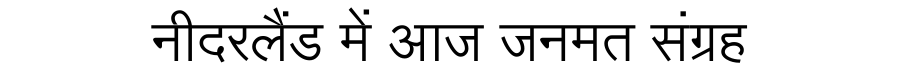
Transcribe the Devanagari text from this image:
नीदरलैंड में आज जनमत संग्रह